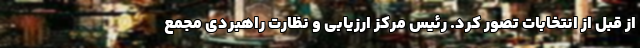
از قبل از انتخابات تصور کرد. رئیس مرکز ارزیابی و نظارت راهبردی مجمع